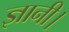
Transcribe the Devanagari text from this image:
ज्ञानी।